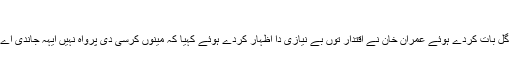
تحریر: حمید اللہ بھٹی - بُھلیکھا ٹی وی
پارلیمنٹ ہائوس وچ اپنے چیمبر وچ اراکین اسمبلی نال گل بات کردے ہوئے عمران خان نے اقتدار توں بے نیازی دا اظہار کردے ہوئے کہیا کہ مینوں کرسی دی پرواہ نہیں ایہہ جاندی اے تے ٹُر جائے پر مافیا دا آخری حد تیکر پچھا کراں گا۔